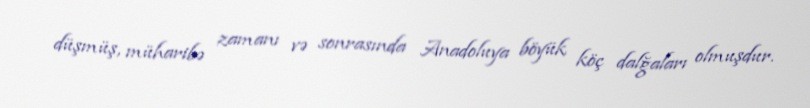
düşmüş, müharibə zamanı və sonrasında Anadoluya böyük köç dalğaları olmuşdur.